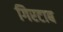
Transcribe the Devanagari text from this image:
गिरटाब